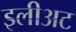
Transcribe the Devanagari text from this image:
इलीअट